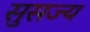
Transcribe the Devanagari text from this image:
सुसज्य